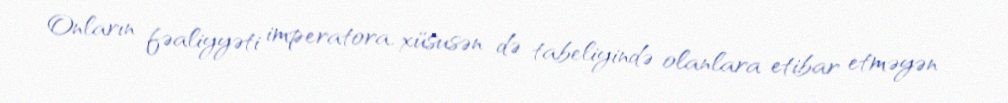
Onların fəaliyyəti imperatora, xüsusən də tabeliyində olanlara etibar etməyən